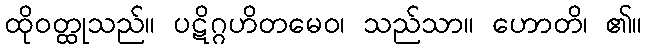
ထိုဝတ္ထုသည်။ ပဋိဂ္ဂဟိတမေဝ၊ သည်သာ။ ဟောတိ၊ ၏။